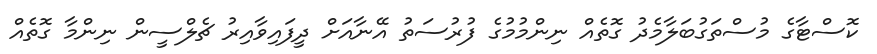
ކޮސްޓާގެ މުސްތަގުބަލާމެދު ގޮތެއް ނިންމުމުގެ ފުރުސަތު އޭނާއަށް ދީފައިވާއިރު ޗެލްސީން ނިންމާ ގޮތެއް